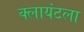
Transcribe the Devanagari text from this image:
क्लायंटला